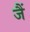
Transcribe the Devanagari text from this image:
जैं